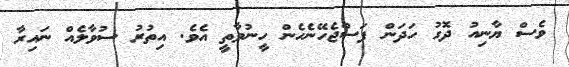
ވެސް ޔާނިއު ދޮގު ހަދަން ފަސްޖެހޭނެހެން ހީނުވާތީ އެވެ. އިތުރު ސުވާލެއް ނައިރާ